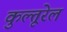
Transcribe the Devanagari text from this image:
कुल्तूरेल